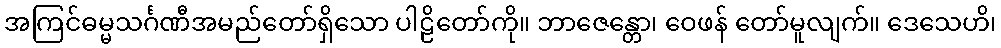
အကြင်ဓမ္မသင်္ဂဏီအမည်တော်ရှိသော ပါဠိတော်ကို။ ဘာဇေန္တော၊ ဝေဖန် တော်မူလျက်။ ဒေသေဟိ၊